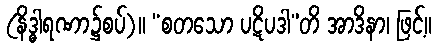
(နိဒ္ဓါရဏာ၌စပ်)။ “စတသော ပဋိပဒါ”တိ အာဒိနာ၊ ဖြင့်။